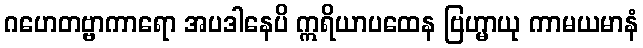
ဂဟေတဗ္ဗာကာရော အပဒါနေပိ ဣရိယာပထေန ဗြဟ္မာယု ကာမယမာနံ